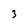
Character: 3